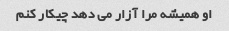
او همیشه مرا آزار می دهد چیکار کنم